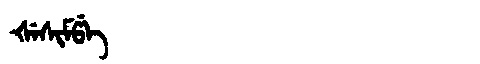
Manchu: ᡧᡝᠰᡳᠮᡦᡝ
Romanization: ŠESIMPE